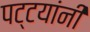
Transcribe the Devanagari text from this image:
पट्टयांनी